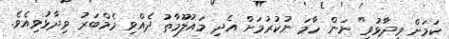
ކަމަށް ވިދާޅުވި" ނަން ހާމަ ނުކުރުމަށް އެދި މައުލޫމާތު ދެއްވި މެމްބަރު ވިދާޅުވިއެވެ.